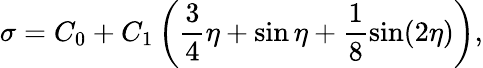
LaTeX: \sigma=C_{0}+C_{1}\left(\frac{3}{4}\eta+\sin\eta+\frac{1}{8}\sin(2\eta)\right),